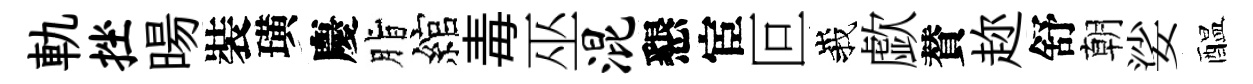
軌挫暘裝璜慶脂綰毒巫混懇宦叵峩歔賛趂舒朝娑醖